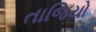
તાજિયો